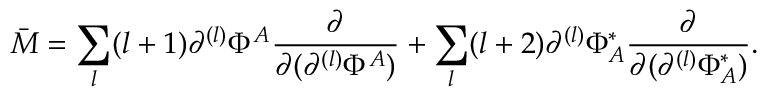
\bar { M } = \sum _ { l } ( l + 1 ) \partial ^ { ( l ) } \Phi ^ { A } \frac { \partial } { \partial ( \partial ^ { ( l ) } \Phi ^ { A } ) } + \sum _ { l } ( l + 2 ) \partial ^ { ( l ) } \Phi _ { A } ^ { * } \frac { \partial } { \partial ( \partial ^ { ( l ) } \Phi _ { A } ^ { * } ) } .